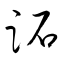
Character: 跖